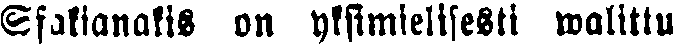
Sfakianakis on yksimielisesti walittu